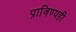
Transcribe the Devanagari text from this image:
प्राविण्यही